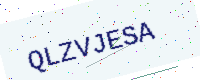
Text: QLZVJESA